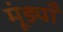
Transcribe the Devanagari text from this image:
मूंड्याँ